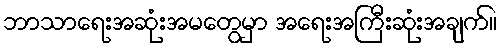
ဘာသာရေးအဆုံးအမတွေမှာ အရေးအကြီးဆုံးအချက်။